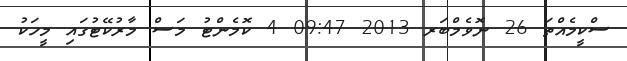
ސްކީމެއްތަ 26 ނޮވެމްބަރ 2013 09:47 4 ކޮމެންޓު މަސް މާރުކޭޓުގައި މީހަކު